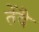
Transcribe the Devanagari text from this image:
तेंदै